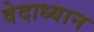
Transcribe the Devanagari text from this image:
वेदाध्यान